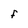
Character: f